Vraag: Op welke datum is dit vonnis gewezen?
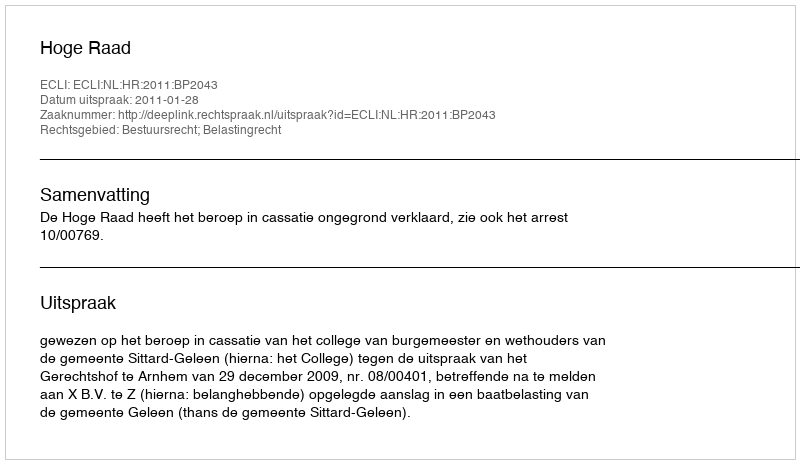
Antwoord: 2011-01-28